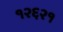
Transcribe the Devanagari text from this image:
१२६२१